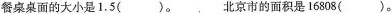
餐桌桌面的大小是1.5（）。北京市的面积是16808（）。